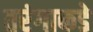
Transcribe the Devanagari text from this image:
तरंगाकडे